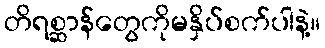
တိရစ္ဆာန်တွေကိုမနှိပ်စက်ပါနဲ့။